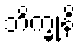
ဘိက္ခုနိ